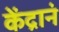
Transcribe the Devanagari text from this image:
केंद्रानं